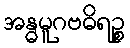
အန္ဓမူဂဗဓိရဉ္စ